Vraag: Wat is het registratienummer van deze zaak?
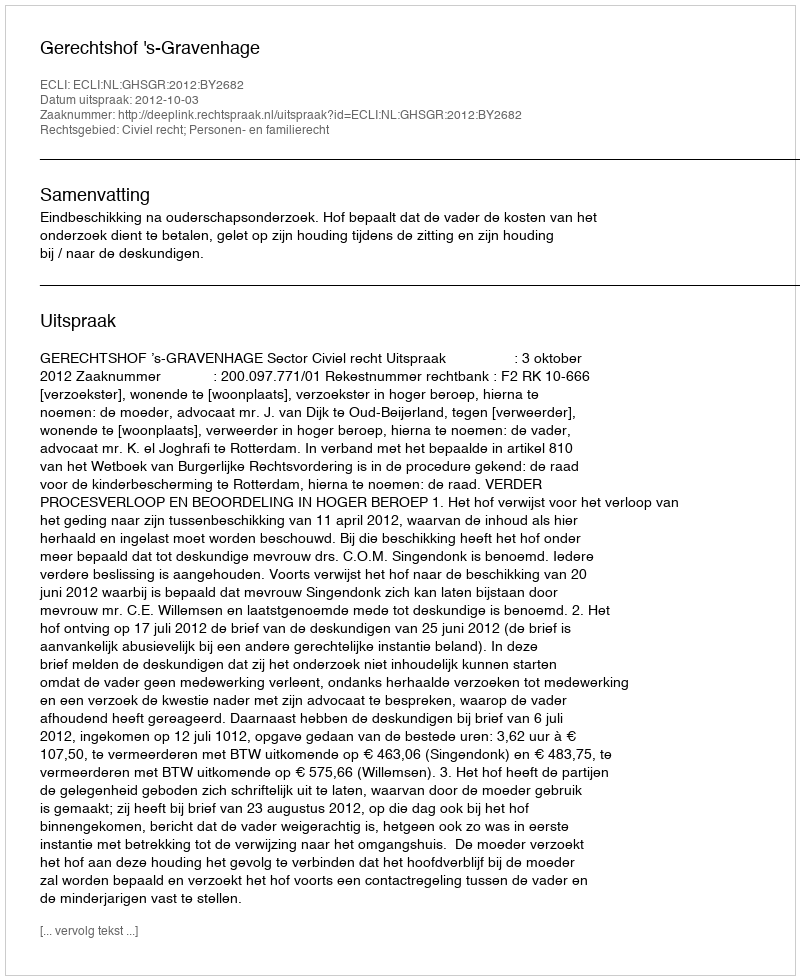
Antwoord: http://deeplink.rechtspraak.nl/uitspraak?id=ECLI:NL:GHSGR:2012:BY2682